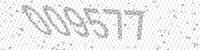
Solution: 009577